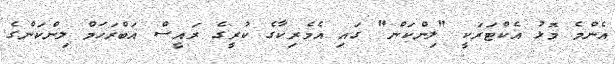
އެންމެ މޮޅު އެކްޓަރަކީ "ލިންކަން" ގައި އެމެރިކާގެ ކުރީގެ ރައީސް އަބްރަހަމް ލިންކަންގެ